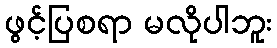
ဖွင့်ပြစရာ မလိုပါဘူး